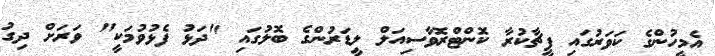
އެމީހުންގެ ކަވަރުގައި ފީޗާކުރާ ކޮންޓްރޮވާސިއަލް ލީޑަރުންގެ ބޮލުގައި "ދަޅު ފެޅުވުމަކީ" ވަރަށް ދިގު